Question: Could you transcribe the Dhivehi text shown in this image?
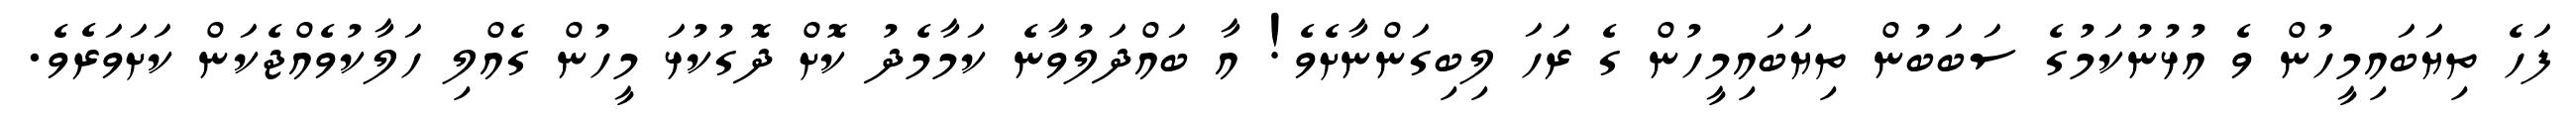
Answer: ފަހެ ތިޔަބައިމީހުން ވެ އުޅުނުކަމުގެ ސަބަބުން ތިޔަބައިމީހުން ގެ ރަހަ ލިބިގަންނާށެވެ! އާ ބައްދަލުވާނެ ކަމާމެދު ކޮށް ދޮގުކުޅަ މީހުން ގެއްލި ހަލާކުވެއްޖެކަން ކަށަވަރެވެ.